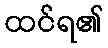
ထင်ရ၏